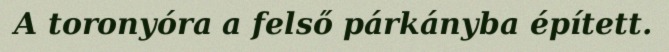
A toronyóra a felső párkányba épített.